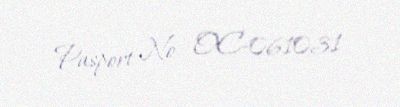
Pasport № - OC-061031